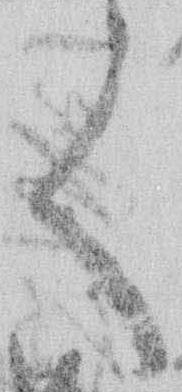
て